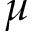
\mu